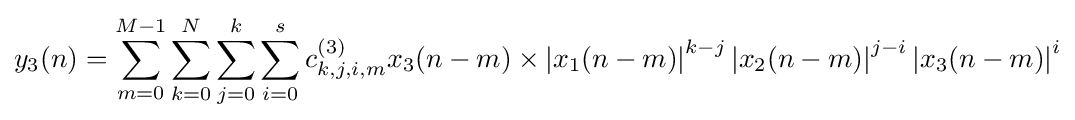
y_{3}(n)=\sum _{m=0}^{M-1}\sum _{k=0}^{N}\sum _{j=0}^{k}\sum _{i=0}^{s}c_{k,j,i,m}^{(3)}x_{3}(n-m)\times \left\vert {x_{1}(n-m)}\right\vert ^{k-j}\left\vert {x_{2}(n-m)}\right\vert ^{j-i}\left\vert {x_{3}(n-m)}\right\vert ^{i}